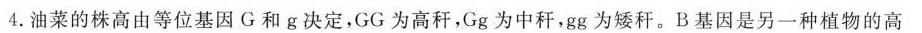
4.油菜的株高由等位基因G和g决定，GG为高秆，Gg为中秆，gg为矮秆。B基因是另一种植物的高